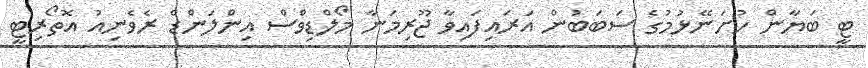
ޓީ ބަޔާން ހުށަނޭޅުމުގެ ސަބަބުން އަރައިފައިވާ ޖޫރިމަނާ މޯލްޑިވްސް އިންލަންޑް ރެވެނިއު އޮތޯރިޓީ